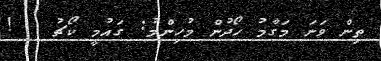
ތިން ވަނަ މަގާމު ހޯދުން މުހިންމު: ގައުމީ ކޯޗު   !